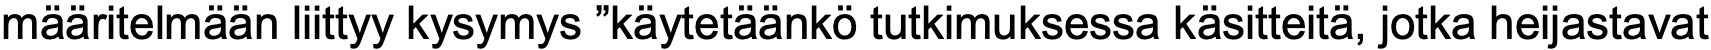
määritelmään liittyy kysymys ”käytetäänkö tutkimuksessa käsitteitä, jotka heijastavat